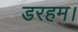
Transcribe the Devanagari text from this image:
डरहम।